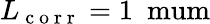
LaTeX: L_{\mathrm{~c~o~r~r~}}=1~\mathrm{\ mum}